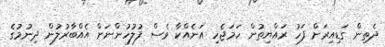
ދެތިން ގަޑިއިރަށް ފަހު ރައްޔިތުން ހަމަޖެހި އަނެއްކާ ވެސް ފުލުހުންނަށް އެއްބާރުލުން ދިނުމުގެ